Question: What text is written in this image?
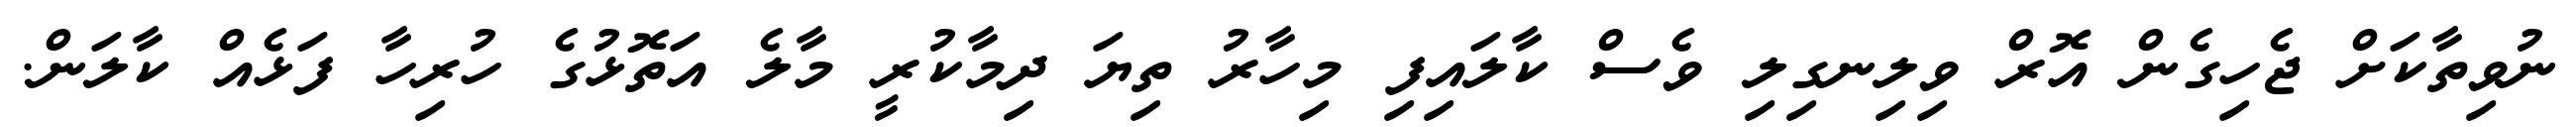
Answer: ނުވިތާކަށް ޖެހިގެން އޮރް ވިލިނގިލި ވެސް ކާލައިފި މިހާރު ތިޔަ ދިމާކުރީ މާލެ އަތޮޅުގެ ހުރިހާ ފަޅެއް ކާލަން.